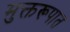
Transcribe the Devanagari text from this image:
मुक्तरूपात